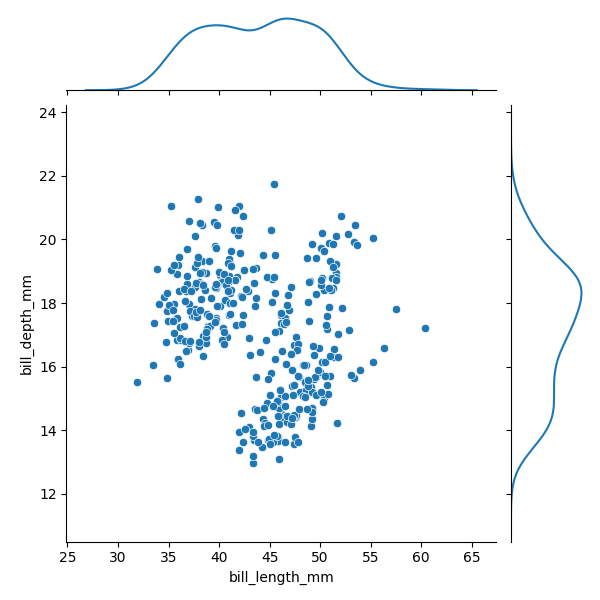
python, seaborn, JointGrid, scatterplot, kdeplot